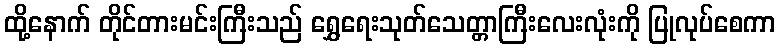
ထို့နောက် တိုင်တားမင်းကြီးသည် ရွှေရေးသုတ်သေတ္တာကြီးလေးလုံးကို ပြုလုပ်စေကာ